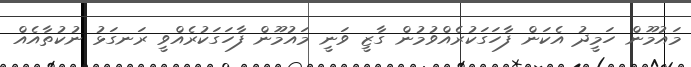
މައުމޫން ހަމީދު އެކަން ފާހަގަކުރެއްވުމުން ގާޒީ ވަނީ މައުމޫން ފާހަގަކުރެއްވީ ރަނގަޅު ނުކުތާއެއް